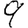
Digit: 9